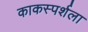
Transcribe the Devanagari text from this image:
काकस्पर्शला